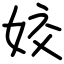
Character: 姣